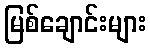
မြစ်ချောင်းများ